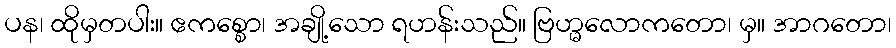
ပန၊ ထိုမှတပါး။ ဧကစ္စော၊ အချို့သော ရဟန်းသည်။ ဗြဟ္မလောကတော၊ မှ။ အာဂတော၊